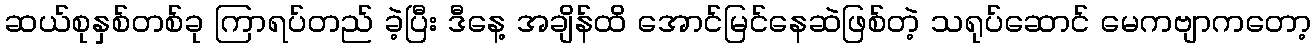
ဆယ်စုနှစ်တစ်ခု ကြာရပ်တည် ခဲ့ပြီး ဒီနေ့ အချိန်ထိ အောင်မြင်နေဆဲဖြစ်တဲ့ သရုပ်ဆောင် မေကဗျာကတော့